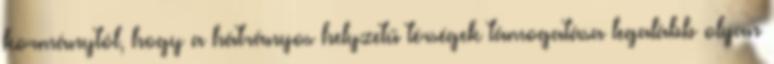
kormánytól, hogy a hátrányos helyzetű térségek támogatása legalább olyan